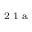
^ \textrm { \scriptsize 2 1 a }